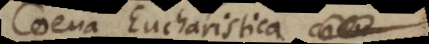
Coena Eucharistica